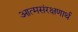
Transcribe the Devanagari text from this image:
आत्मसंरक्षणार्थ